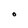
Character: O